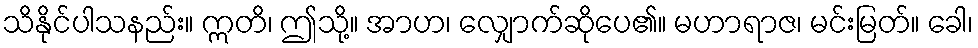
သိနိုင်ပါသနည်း။ ဣတိ၊ ဤသို့။ အာဟ၊ လျှောက်ဆိုပေ၏။ မဟာရာဇ၊ မင်းမြတ်။ ခေါ၊